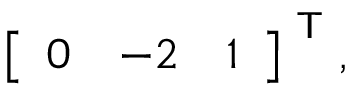
{ \left[ \begin{array} { l l l } { 0 } & { - 2 } & { 1 } \end{array} \right] } ^ { \textsf { T } } ,